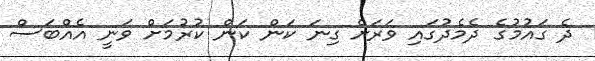
ދެ ގައުމުގެ ދެމެދުގައި ވަރަށް ގިނަ ކަން ކަން ކުރުމަށް ވަނީ އެއްބަސް